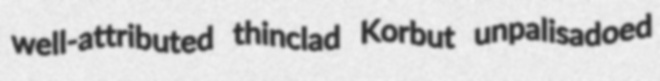
well-attributed thinclad Korbut unpalisadoed